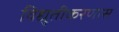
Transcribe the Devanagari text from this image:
विद्युतीकरणास